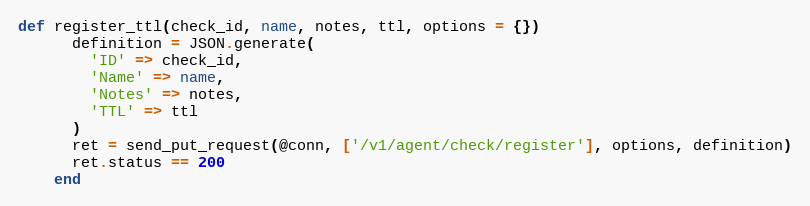
Language: Ruby
def register_ttl(check_id, name, notes, ttl, options = {})
      definition = JSON.generate(
        'ID' => check_id,
        'Name' => name,
        'Notes' => notes,
        'TTL' => ttl
      )
      ret = send_put_request(@conn, ['/v1/agent/check/register'], options, definition)
      ret.status == 200
    end